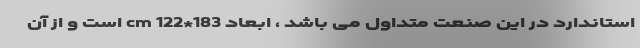
استاندارد در این صنعت متداول می باشد ، ابعاد 183*122 cm است و از آن